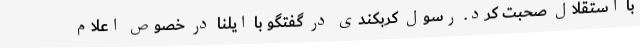
با استقلال صحبت کرد. رسول کربکندی در گفتگو با ایلنا در خصوص اعلام